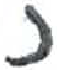
אות: כ